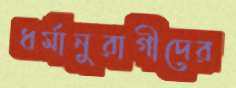
ধর্মানুরাগীদের